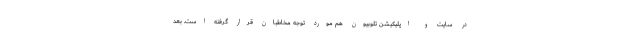
در سایت و اپلیکیشن تلوبیون هم مورد توجه مخاطبان قرار گرفته است. بعد